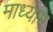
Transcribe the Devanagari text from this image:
माध्याम